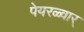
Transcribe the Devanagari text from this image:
पेयरळ्वार्